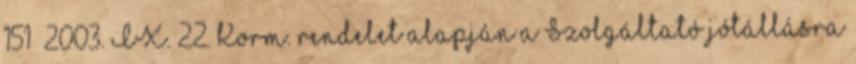
151 2003. IX. 22. Korm. rendelet alapján a Szolgáltató jótállásra